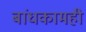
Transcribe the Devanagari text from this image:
बांधकामही